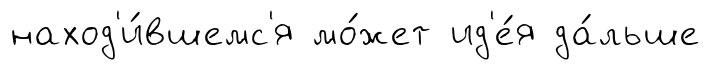
наход'и́вшемс'я мо́жет ид'е́я да́льше